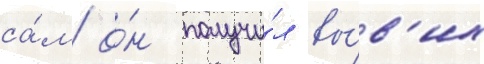
са́м о́н получи́л вы́в'их